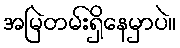
အမြဲတမ်းရှိနေမှာပဲ။